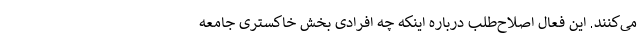
می‌کنند. این فعال اصلاح‌طلب درباره اینکه چه افرادی بخش خاکستری جامعه